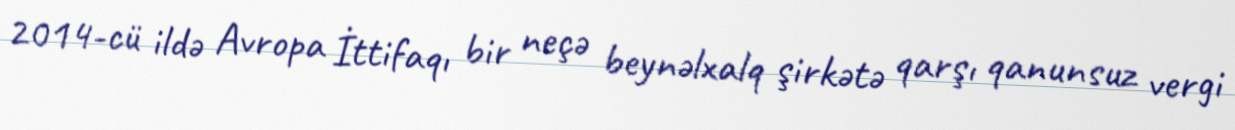
2014-cü ildə Avropa İttifaqı bir neçə beynəlxalq şirkətə qarşı qanunsuz vergi